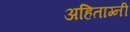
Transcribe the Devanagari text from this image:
अहिताग्नी